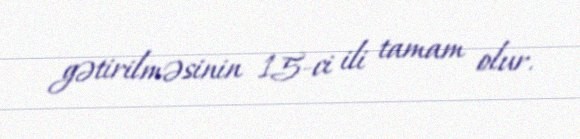
gətirilməsinin 15-ci ili tamam olur.